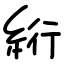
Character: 絎